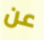
عن